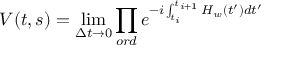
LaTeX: V ( t , s ) = \operatorname * { l i m } _ { \Delta t \rightarrow 0 } \prod _ { o r d } e ^ { - i \int _ { t _ { i } } ^ { t _ { i + 1 } } H _ { w } ( t ^ { \prime } ) d t ^ { \prime } }